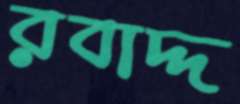
রবাদ্দ